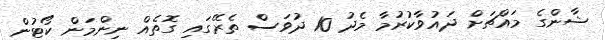
ޝާންގެ މައްޗަށް ދައުވާކުރުމާ މެދު 10 ދުވަސް ތެރޭގައި ގޮތެއް ނިންމަން ކޯޓުން